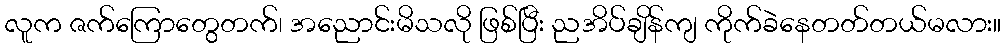
လူက ဇက်ကြောတွေတက်၊ အညောင်းမိသလို ဖြစ်ပြီး ညအိပ်ချိန်ကျ ကိုက်ခဲနေတတ်တယ်မလား။